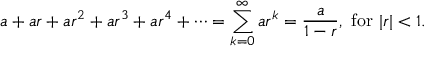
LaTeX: a + a r + a r ^ { 2 } + a r ^ { 3 } + a r ^ { 4 } + \cdots = \sum _ { k = 0 } ^ { \infty } a r ^ { k } = { \frac { a } { 1 - r } } , { \mathrm { ~ f o r ~ } } | r | < 1 .